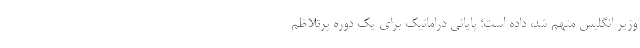
وزیر انگلیس متهم شد، داده است؛ پایانی دراماتیک برای یک دوره پرتلاظم